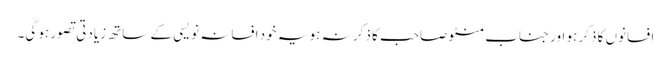
افسانوں کا ذکر ہو اور جناب منٹو صاحب کا ذکر نہ ہو یہ خود افسانہ نویسی کے ساتھ زیادتی تصور ہو گی۔